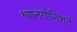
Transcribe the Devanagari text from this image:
श्वानयोनिशतं